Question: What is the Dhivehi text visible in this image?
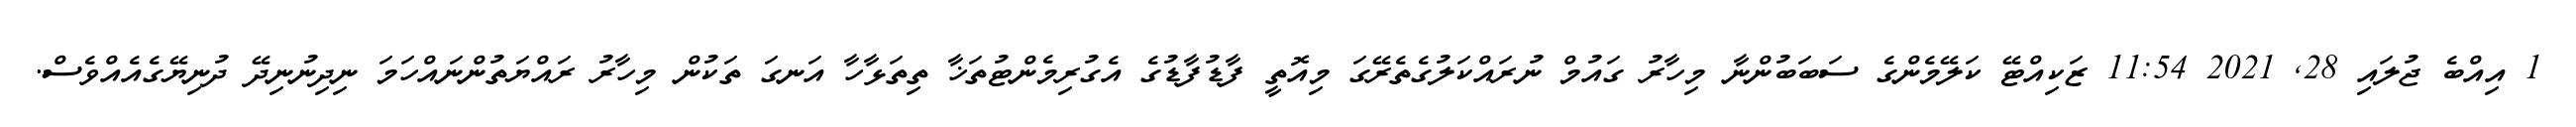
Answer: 1 އިއްބެ ޖުލައި 28, 2021 11:54 ޒަކިއްޓޭ ކަލޭމެންގެ ސަބަބުންނާ މިހާރު ގައުމް ނުރައްކަލުގެތެރޭގަ މިއޮތީ ފާޑުފާޑުގެ އެގުރިމެންޓުތަޚާ ތިތަޅާހާ އަނގަ ތަކުން މިހާރު ރައްޔަތުންނައްހަމަ ނިދިނުނިދޭ ދުނިޔޭގެއެއްވެސް.